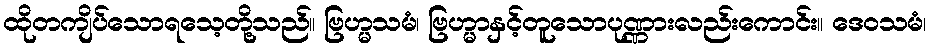
ထိုတကျိပ်သောရသေ့တို့သည်။ ဗြဟ္မသမံ၊ ဗြဟ္မာနှင့်တူသောပုဏ္ဏားလည်းကောင်း။ ဒေဝသမံ၊